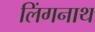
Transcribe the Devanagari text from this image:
लिंगनाथ